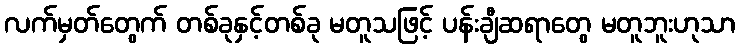
လက်မှတ်တွေက် တစ်ခုနှင့်တစ်ခု မတူသဖြင့် ပန်းချီဆရာတွေ မတူဘူးဟုသာ